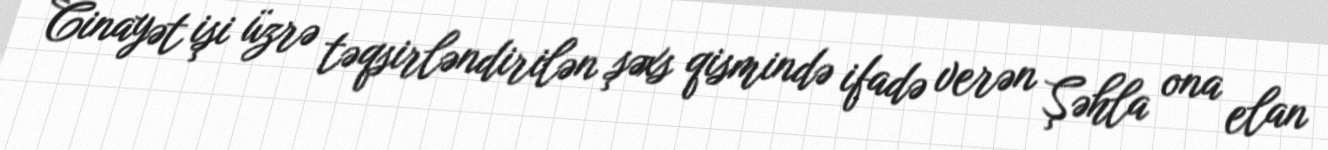
Cinayət işi üzrə təqsirləndirilən şəxs qismində ifadə verən Şəhla ona elan